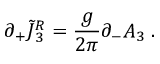
\partial _ { + } \tilde { J } { ^ { R } _ { 3 } } = { \frac { g } { 2 \pi } } \partial _ { - } A _ { 3 } \; .